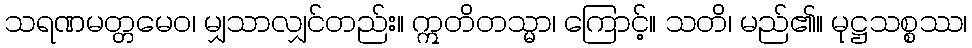
သရဏမတ္တမေဝ၊ မျှသာလျှင်တည်း။ ဣတိတသ္မာ၊ ကြောင့်။ သတိ၊ မည်၏။ မုဋ္ဌသစ္စဿ၊